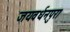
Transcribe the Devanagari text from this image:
जयवर्धनपुरा